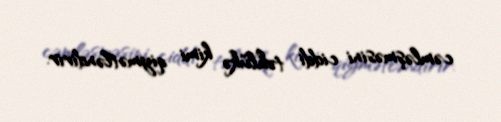
cəmləşməsini ciddi təhlükə kimi qiymətləndirir.